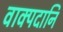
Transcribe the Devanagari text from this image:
वाक्पदानि